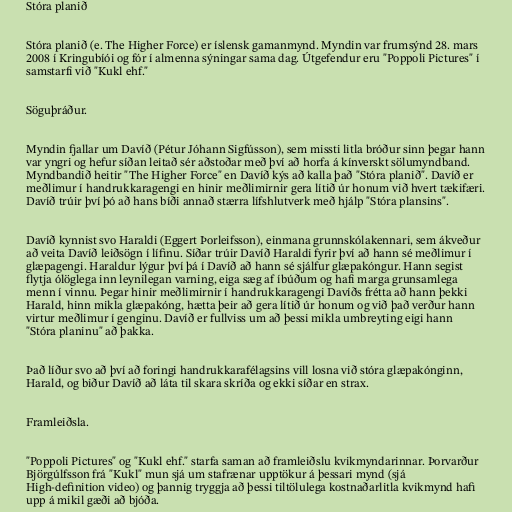
Stóra planið

Stóra planið (e. The Higher Force) er íslensk gamanmynd. Myndin var frumsýnd 28. mars
2008 í Kringubíói og fór í almenna sýningar sama dag. Útgefendur eru "Poppoli Pictures" í
samstarfi við "Kukl ehf."

Söguþráður.

Myndin fjallar um Davíð (Pétur Jóhann Sigfússon), sem missti litla bróður sinn þegar hann
var yngri og hefur síðan leitað sér aðstoðar með því að horfa á kínverskt sölumyndband.
Myndbandið heitir "The Higher Force" en Davíð kýs að kalla það "Stóra planið". Davíð er
meðlimur í handrukkaragengi en hinir meðlimirnir gera lítið úr honum við hvert tækifæri.
Davíð trúir því þó að hans bíði annað stærra lífshlutverk með hjálp "Stóra plansins".

Davíð kynnist svo Haraldi (Eggert Þorleifsson), einmana grunnskólakennari, sem ákveður
að veita Davíð leiðsögn í lífinu. Síðar trúir Davíð Haraldi fyrir því að hann sé meðlimur í
glæpagengi. Haraldur lýgur því þá í Davíð að hann sé sjálfur glæpakóngur. Hann segist
flytja ólöglega inn leynilegan varning, eiga sæg af íbúðum og hafi marga grunsamlega
menn í vinnu. Þegar hinir meðlimirnir í handrukkaragengi Davíðs frétta að hann þekki
Harald, hinn mikla glæpakóng, hætta þeir að gera lítið úr honum og við það verður hann
virtur meðlimur í genginu. Davíð er fullviss um að þessi mikla umbreyting eigi hann
"Stóra planinu" að þakka.

Það líður svo að því að foringi handrukkarafélagsins vill losna við stóra glæpakónginn,
Harald, og biður Davíð að láta til skara skríða og ekki síðar en strax.

Framleiðsla.

"Poppoli Pictures" og "Kukl ehf." starfa saman að framleiðslu kvikmyndarinnar. Þorvarður
Björgúlfsson frá "Kukl" mun sjá um stafrænar upptökur á þessari mynd (sjá
High-definition video) og þannig tryggja að þessi tiltölulega kostnaðarlitla kvikmynd hafi
upp á mikil gæði að bjóða.